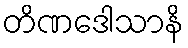
တိဏဒေါသာနိ